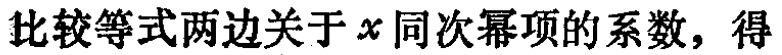
比较等式两边关于\(x\)同次幂项的系数，得